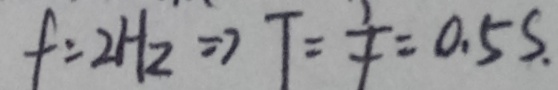
f = 2 H _ { 2 } \Rightarrow T = \frac { 1 } { t } = 0 . 5 s .